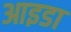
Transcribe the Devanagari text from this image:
आइडा